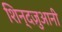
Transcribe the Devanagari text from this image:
शिन्दज़ुआनी